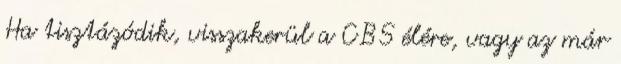
Ha tisztázódik, visszakerül a CBS élére, vagy az már